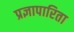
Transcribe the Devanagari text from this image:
प्रज्ञापारिता